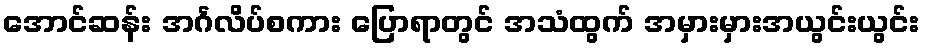
အောင်ဆန်း အင်္ဂလိပ်စကား ပြောရာတွင် အသံထွက် အမှားမှားအယွင်းယွင်း